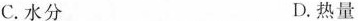
C.水分 D.热量